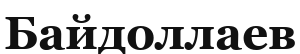
Байдоллаев